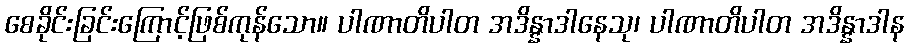
စေခိုင်းခြင်းကြောင့်ဖြစ်ကုန်သော။ ပါဏာတိပါတ အဒိန္နာဒါနေသု၊ ပါဏာတိပါတ အဒိန္နာဒါန